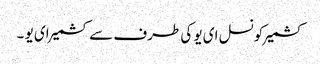
کشمیرکونسل ای یو کی طرف سے کشمیرای یو ۔